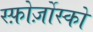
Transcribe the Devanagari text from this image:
स्फ़ोर्ज़ोस्को